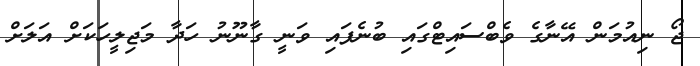
ޖޯ ނިއުމަން އޭނާގެ ވެބްސައިޓްގައި ބުނެފައި ވަނީ ގާނޫނު ހަދާ މަޖިލީހަކަށް އަލަށް